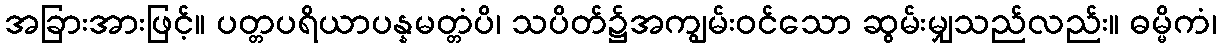
အခြားအားဖြင့်။ ပတ္တပရိယာပန္နမတ္တံပိ၊ သပိတ်၌အကျွမ်းဝင်သော ဆွမ်းမျှသည်လည်း။ ဓမ္မိကံ၊